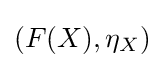
(F(X),\eta _{X})